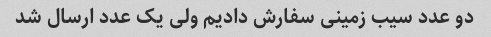
دو عدد سیب زمینی سفارش دادیم ولی یک عدد ارسال شد